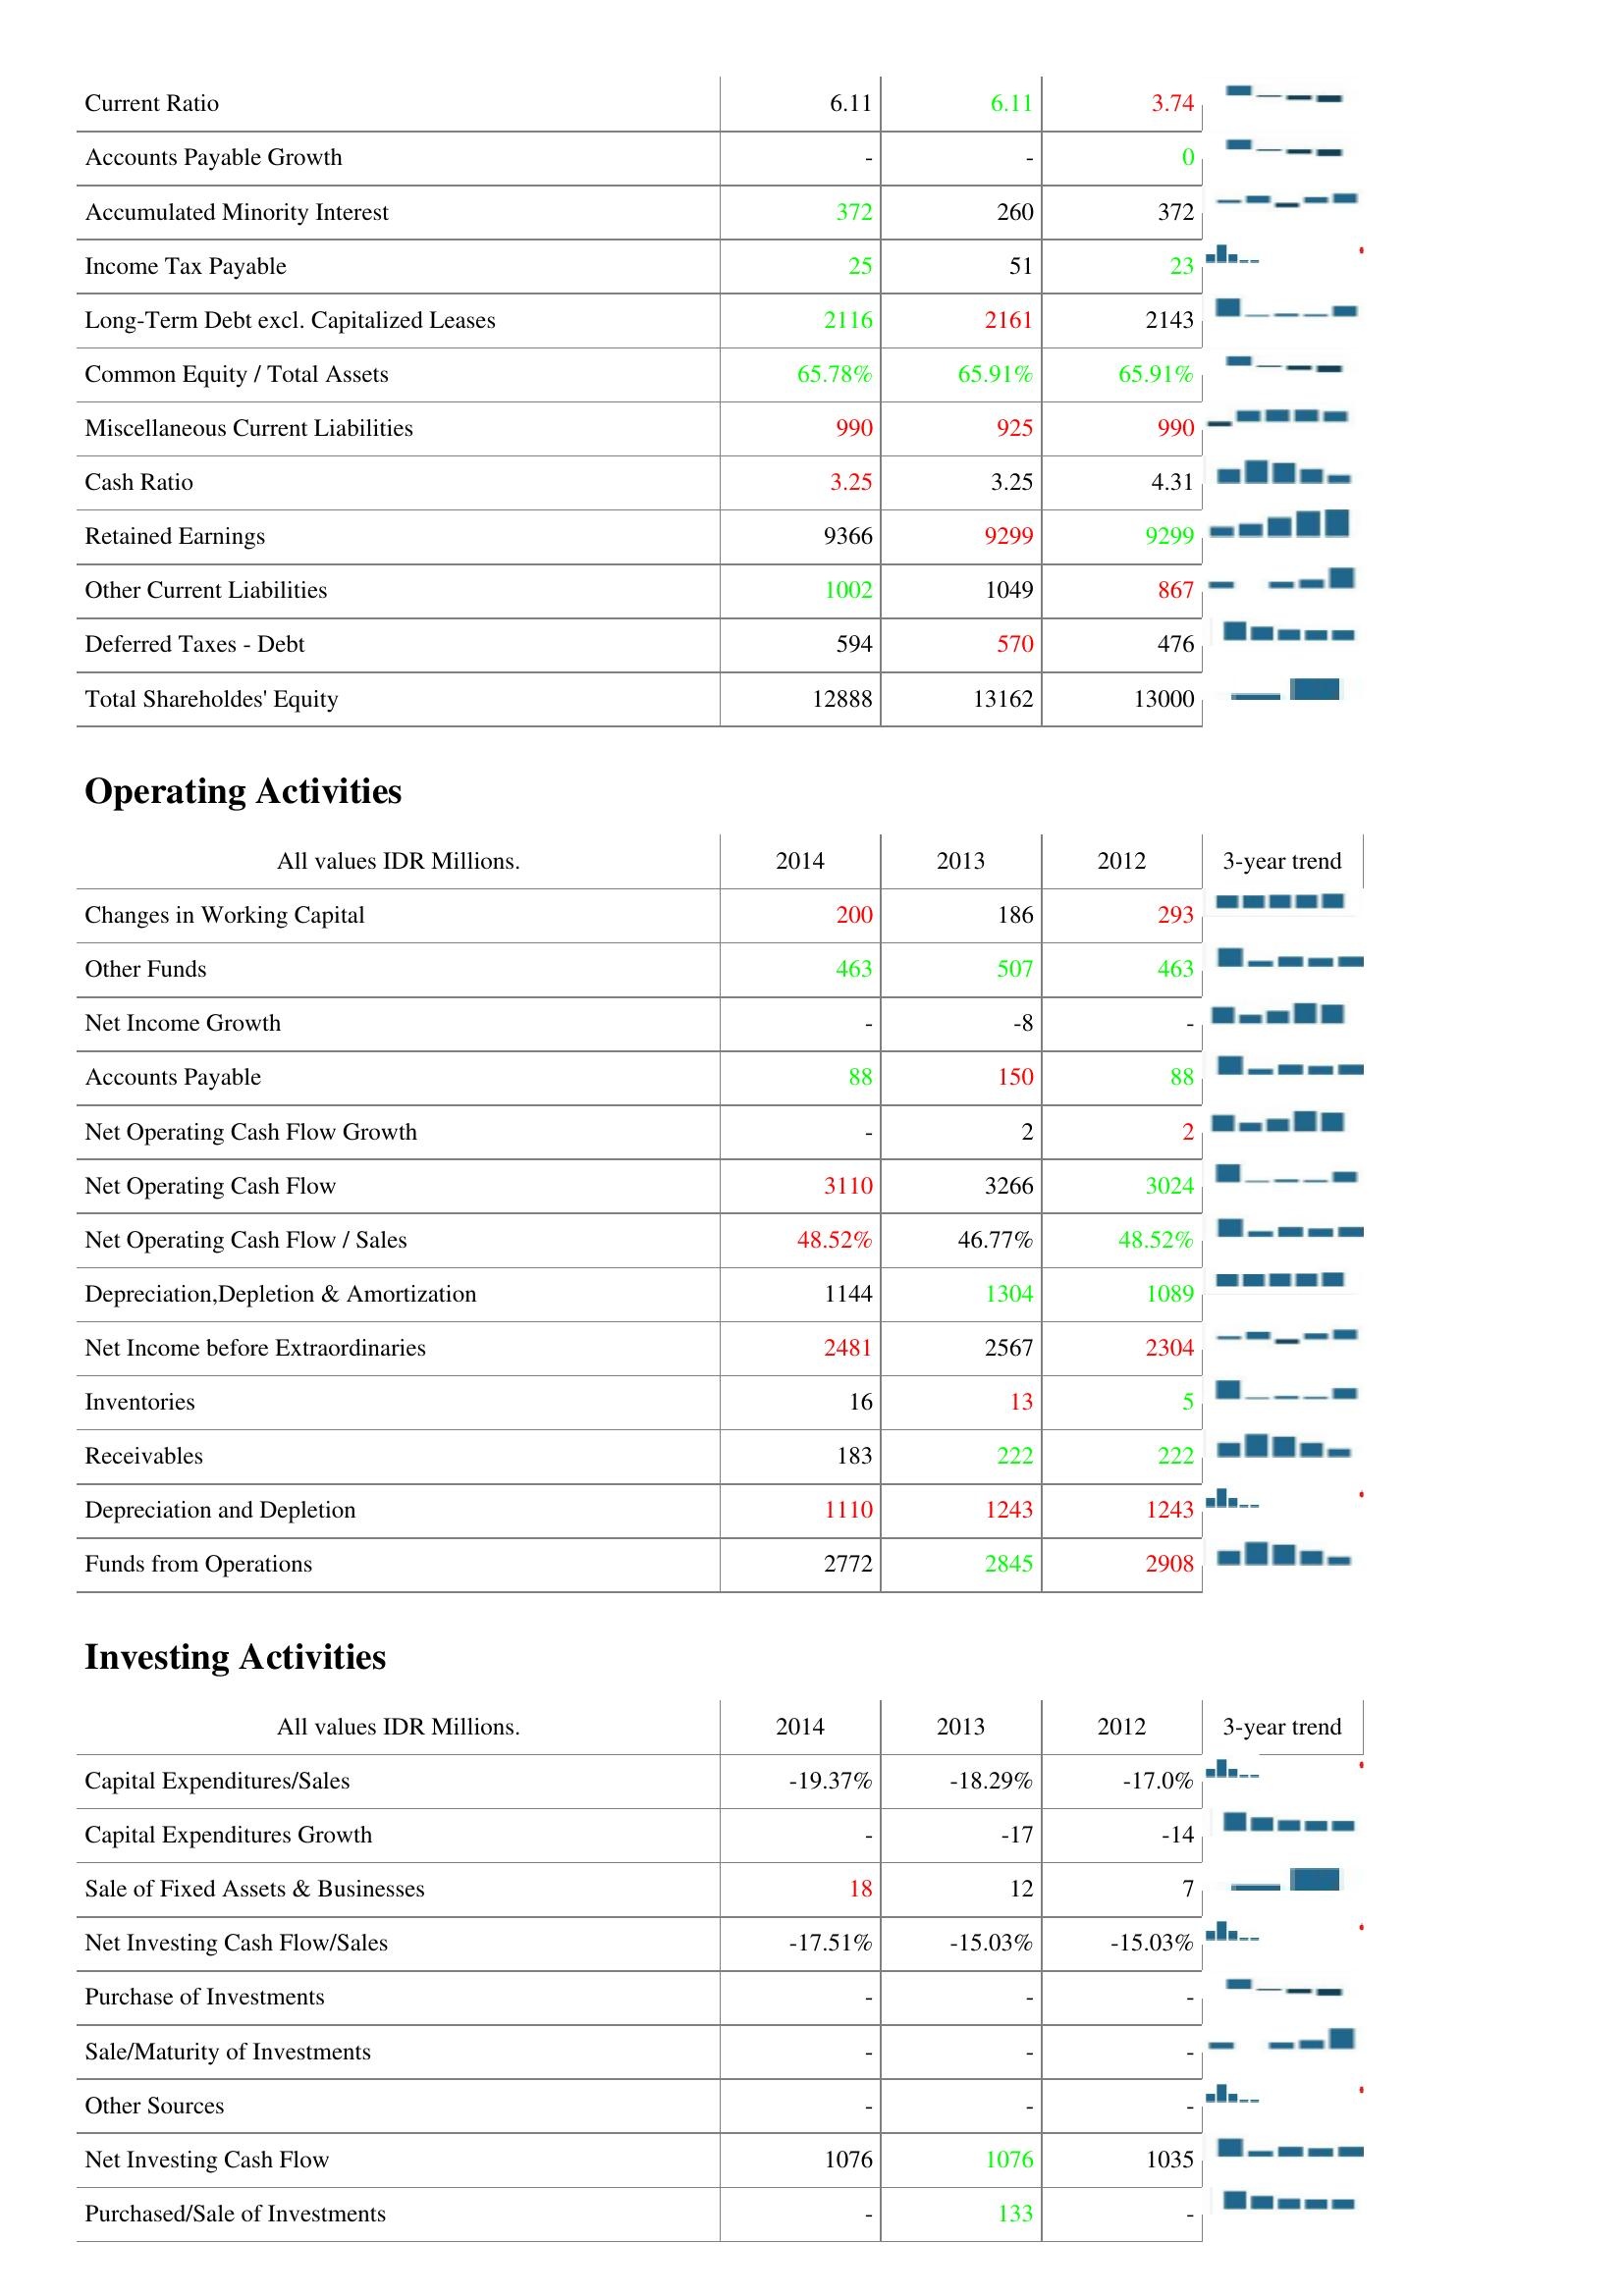
2014: Liabilities & Shareholder's Equity: Current Ratio: 6.11
Accounts Payable Growth: -
Accumulated Minority Interest: 372
Income Tax Payable: 25
Long-Term Debt excl. Capitalized Leases: 2116
Common Equity / Total Assets: 65.78%
Miscellaneous Current Liabilities: 990
Cash Ratio: 3.25
Retained Earnings: 9366
Other Current Liabilities: 1002
Deferred Taxes - Debt: 594
Total Shareholdes' Equity: 12888
Operating Activities: Changes in Working Capital: 200
Other Funds: 463
Net Income Growth: -
Accounts Payable: 88
Net Operating Cash Flow Growth: -
Net Operating Cash Flow: 3110
Net Operating Cash Flow / Sales: 48.52%
Depreciation,Depletion & Amortization: 1144
Net Income before Extraordinaries: 2481
Inventories: 16
Receivables: 183
Depreciation and Depletion: 1110
Funds from Operations: 2772
Investing Activities: Capital Expenditures/Sales: -19.37%
Capital Expenditures Growth: -
Sale of Fixed Assets & Businesses: 18
Net Investing Cash Flow/Sales: -17.51%
Purchase of Investments: -
Sale/Maturity of Investments: -
Other Sources: -
Net Investing Cash Flow: 1076
Purchased/Sale of Investments: -
2013: Liabilities & Shareholder's Equity: Current Ratio: 6.11
Accounts Payable Growth: -
Accumulated Minority Interest: 260
Income Tax Payable: 51
Long-Term Debt excl. Capitalized Leases: 2161
Common Equity / Total Assets: 65.91%
Miscellaneous Current Liabilities: 925
Cash Ratio: 3.25
Retained Earnings: 9299
Other Current Liabilities: 1049
Deferred Taxes - Debt: 570
Total Shareholdes' Equity: 13162
Operating Activities: Changes in Working Capital: 186
Other Funds: 507
Net Income Growth: -8
Accounts Payable: 150
Net Operating Cash Flow Growth: 2
Net Operating Cash Flow: 3266
Net Operating Cash Flow / Sales: 46.77%
Depreciation,Depletion & Amortization: 1304
Net Income before Extraordinaries: 2567
Inventories: 13
Receivables: 222
Depreciation and Depletion: 1243
Funds from Operations: 2845
Investing Activities: Capital Expenditures/Sales: -18.29%
Capital Expenditures Growth: -17
Sale of Fixed Assets & Businesses: 12
Net Investing Cash Flow/Sales: -15.03%
Purchase of Investments: -
Sale/Maturity of Investments: -
Other Sources: -
Net Investing Cash Flow: 1076
Purchased/Sale of Investments: 133
2012: Liabilities & Shareholder's Equity: Current Ratio: 3.74
Accounts Payable Growth: 0
Accumulated Minority Interest: 372
Income Tax Payable: 23
Long-Term Debt excl. Capitalized Leases: 2143
Common Equity / Total Assets: 65.91%
Miscellaneous Current Liabilities: 990
Cash Ratio: 4.31
Retained Earnings: 9299
Other Current Liabilities: 867
Deferred Taxes - Debt: 476
Total Shareholdes' Equity: 13000
Operating Activities: Changes in Working Capital: 293
Other Funds: 463
Net Income Growth: -
Accounts Payable: 88
Net Operating Cash Flow Growth: 2
Net Operating Cash Flow: 3024
Net Operating Cash Flow / Sales: 48.52%
Depreciation,Depletion & Amortization: 1089
Net Income before Extraordinaries: 2304
Inventories: 5
Receivables: 222
Depreciation and Depletion: 1243
Funds from Operations: 2908
Investing Activities: Capital Expenditures/Sales: -17.0%
Capital Expenditures Growth: -14
Sale of Fixed Assets & Businesses: 7
Net Investing Cash Flow/Sales: -15.03%
Purchase of Investments: -
Sale/Maturity of Investments: -
Other Sources: -
Net Investing Cash Flow: 1035
Purchased/Sale of Investments: -